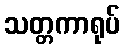
သတ္တကာရုပ်